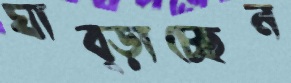
ঘাব্‌ড়াচ্ছেন